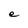
Character: e